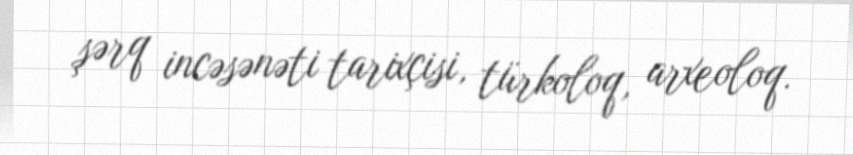
şərq incəsənəti tarixçisi, türkoloq, arxeoloq.